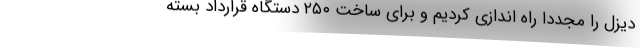
دیزل را مجددا راه اندازی کردیم و برای ساخت ۲۵۰ دستگاه قرارداد بسته